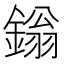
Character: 鎓